Madras plague regulations and rules - Volume 1
Disease focus: Plague
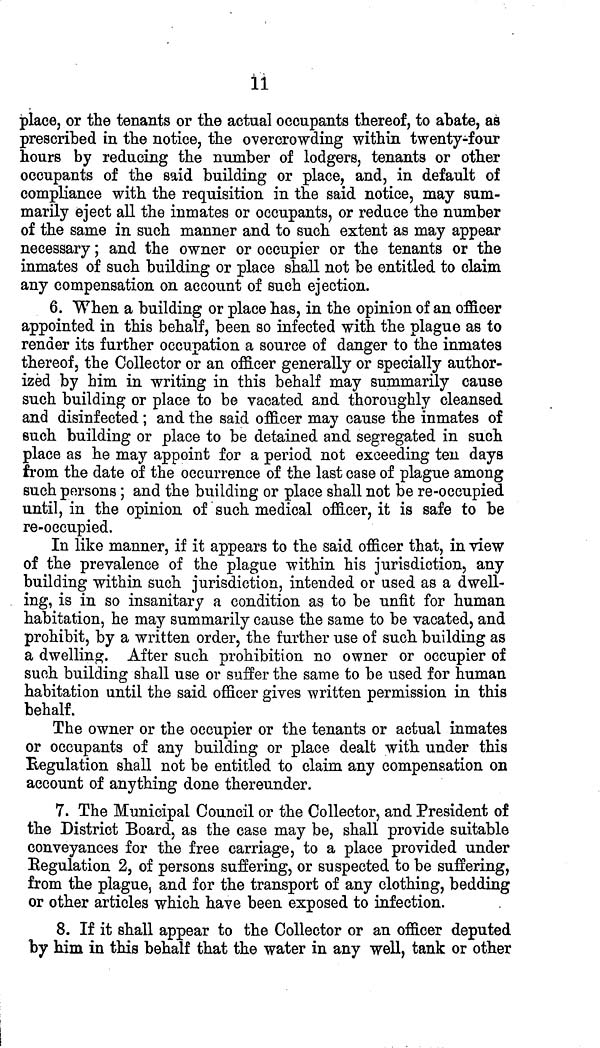
ii
place, or the tenants or the actual occupants thereof, to abate, as
prescribed in the notice, the overcrowding within twenty-four
hours by reducing the number of lodgers, tenants or other
occupants of the said building or place, and, in default of
compliance with the requisition in the said notice, may sum-
marily eject all the inmates or occupants, or reduce the number
of the same in such manner and to such extent as may appear
necessary; and the owner or occupier or the tenants or the
inmates of such building or place shall not be entitled to claim
any compensation on account of such ejection.
6. When a building or place has, in the opinion of an officer
appointed in this behalf, been so infected with the plague as to
render its further occupation a source of danger to the inmates
thereof, the Collector or an officer generally or specially author-
ized by him in writing in this behalf may summarily cause
such building or place to be vacated and thoroughly cleansed
and disinfected; and the said officer may cause the inmates of
such building or place to be detained and segregated in such
place as he may appoint for a period not exceeding ten days
from the date of the occurrence of the last case of plague among
such persons ; and the building or place shall not be re-occupied
until, in the opinion of such medical officer, it is safe to be
re-occupied.
In like manner, if it appears to the said officer that, in view
of the prevalence of the plague within his jurisdiction, any
building within such jurisdiction, intended or used as a dwell-
ing, is in so insanitary a condition as to be unfit for human
habitation, he may summarily cause the same to be vacated, and
prohibit, by a written order, the further use of such building as
a dwelling. After such prohibition no owner or occupier of
such building shall use or suffer the same to be used for human
habitation until the said officer gives written permission in this
behalf.
The owner or the occupier or the tenants or actual inmates
or occupants of any building or place dealt with under this
Regulation shall not be entitled to claim any compensation on
account of anything done thereunder.
7. The Municipal Council or the Collector, and President of
the District Board, as the case may be, shall provide suitable
conveyances for the free carriage, to a place provided under
Regulation 2, of persons suffering, or suspected to be suffering,
from the plague, and for the transport of any clothing, bedding
or other articles which have been exposed to infection.
8. If it shall appear to the Collector or an officer deputed
by him in this behalf that the water in any well, tank or other